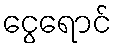
ငွေရောင်